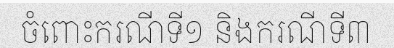
ចំពោះករណីទី១ និងករណីទី៣